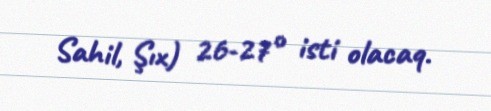
Sahil, Şıx) 26-27° isti olacaq.